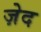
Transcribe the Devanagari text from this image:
ज़ेद